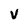
Character: V